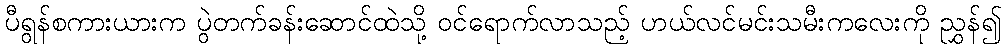
ပီရွန်စကားယားက ပွဲတက်ခန်းဆောင်ထဲသို့ ဝင်ရောက်လာသည့် ဟယ်လင်မင်းသမီးကလေးကို ညွှန်၍